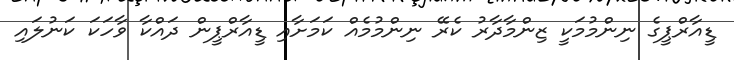
ޑީއާރްޕީގެ ނިންމުމަކީ ޒިންމާދާރު ކެރޭ ނިންމުމެއް ކަމަށާއި ޑީއާރްޕީން ދައްކާ ވާހަކަ ކަނުލައި